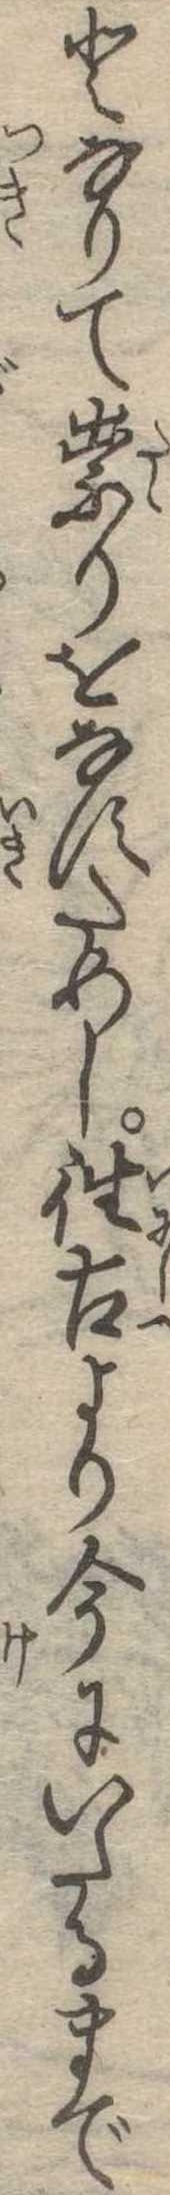
となりて祟りをなすためし往古より今にいたるまで